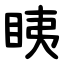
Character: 眱